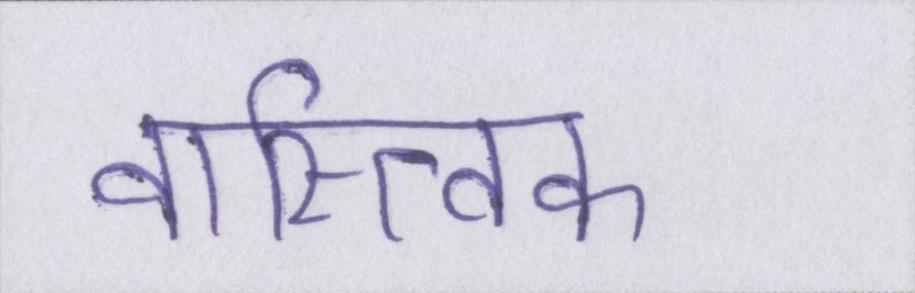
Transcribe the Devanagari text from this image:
वास्त्विक